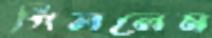
গিললেম